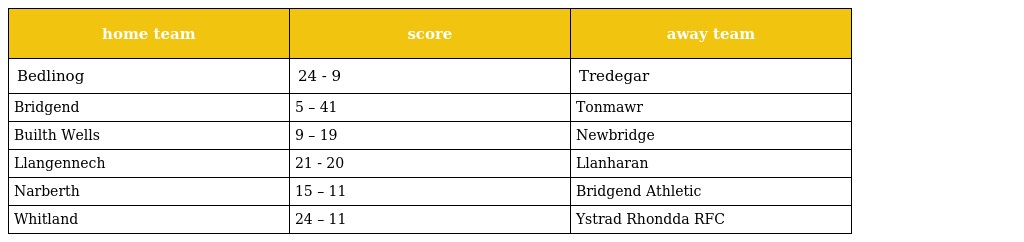
| home team | score | away team |
 | --- | --- | --- |
 | Bedlinog | 24 - 9 | Tredegar |
 | Bridgend | 5 – 41 | Tonmawr |
 | Builth Wells | 9 – 19 | Newbridge |
 | Llangennech | 21 - 20 | Llanharan |
 | Narberth | 15 – 11 | Bridgend Athletic |
 | Whitland | 24 – 11 | Ystrad Rhondda RFC |